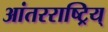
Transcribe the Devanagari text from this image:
आंतरराष्ट्रिय्